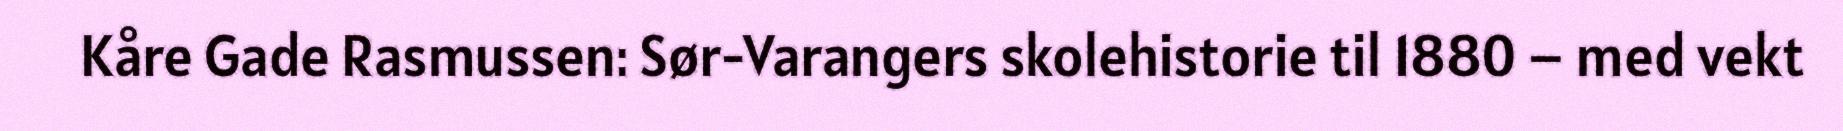
Kåre Gade Rasmussen: Sør-Varangers skolehistorie til 1880 – med vekt